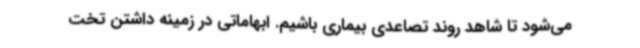
می‌شود تا شاهد روند تصاعدی بیماری باشیم. ابهاماتی در زمینه داشتن تخت